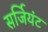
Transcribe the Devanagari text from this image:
सर्जियंट